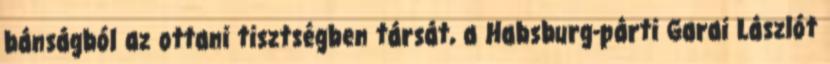
bánságból az ottani tisztségben társát, a Habsburg-párti Garai Lászlót